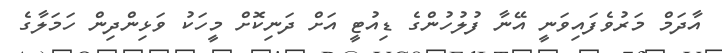
އާދަމް މަރުވެފައިވަނީ އޭނާ ފުލުހުންގެ ޑިއުޓީ އަށް ދަނިކޮށް މީހަކު ވަޅިންދިން ހަމަލާގެ